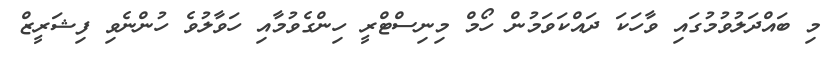
މި ބައްދަލުވުމުގައި ވާހަކަ ދައްކަވަމުން ހޯމް މިނިސްޓްރީ ހިންގެވުމާއި ހަވާލުވެ ހުންނެވި ފިޝަރީޒް